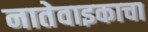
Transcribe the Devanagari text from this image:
नातेवाइकाचा